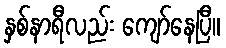
နှစ်နာရီလည်း ကျော်နေပြီ။